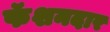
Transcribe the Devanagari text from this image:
फॅशनदार